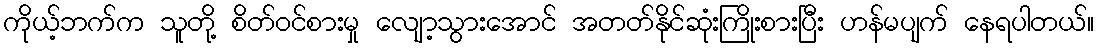
ကိုယ့်ဘက်က သူတို့ စိတ်ဝင်စားမှု လျော့သွားအောင် အတတ်နိုင်ဆုံးကြိုးစားပြီး ဟန်မပျက် နေရပါတယ်။